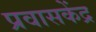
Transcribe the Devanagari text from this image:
प्रवासकेंद्र